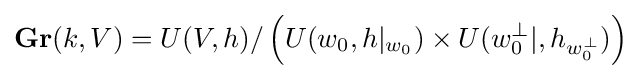
\mathbf {Gr} (k,V)=U(V,h)/\left(U(w_{0},h|_{w_{0}})\times U(w_{0}^{\perp }|,h_{w_{0}^{\perp }})\right)